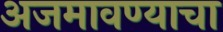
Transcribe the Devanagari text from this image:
अजमावण्याचा